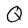
Character: Q